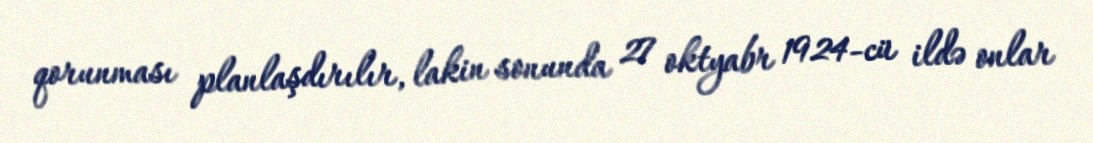
qorunması planlaşdırılır, lakin sonunda 27 oktyabr 1924-cü ildə onlar